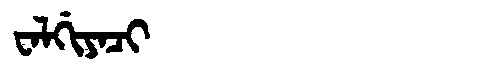
Manchu: ᠸᠠᠯᡤᡳᠶᠠᠴᡳ
Romanization: WALGIYACI